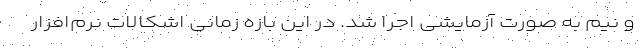
و نیم به صورت آزمایشی اجرا شد. در این بازه زمانی اشکالات نرم‌افزار